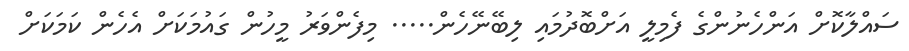
ސައްލާކޮށް އަންހެނުންގެ ފެމިލީ އަށްބޮދުމައި ލިބޭނޭހެން..... މިފެންވަރު މީހުން ގައުމަކަށް އެހެން ކަމަކަށް